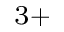
^ { 3 + }